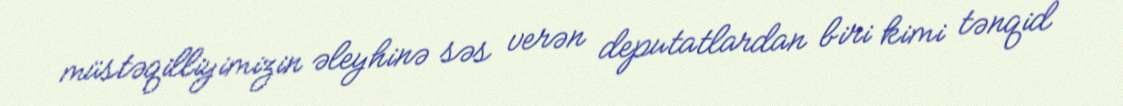
müstəqilliyimizin əleyhinə səs verən deputatlardan biri kimi tənqid